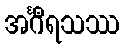
အင်္ဂီရသဿ